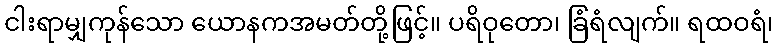
ငါးရာမျှကုန်သော ယောနကအမတ်တို့ဖြင့်။ ပရိဝုတော၊ ခြံရံလျက်။ ရထဝရံ၊